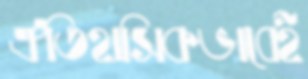
ঐতিহাসিকভাবেই